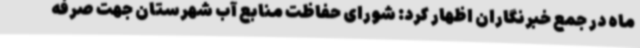
ماه در جمع خبرنگاران اظهار کرد: شورای حفاظت منابع آب شهرستان جهت صرفه